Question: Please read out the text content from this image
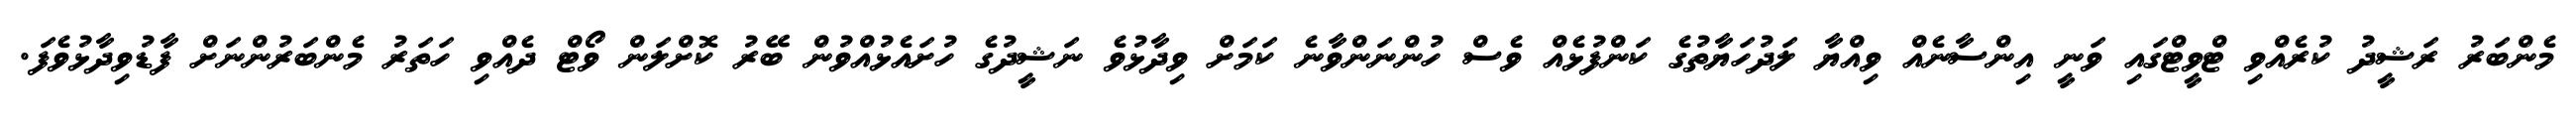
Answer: މެންބަރު ރަޝީދު ކުރެއްވި ޓްވީޓްގައި ވަނީ އިންސާނެއް ވިއްޔާ ލަދުހަޔާތުގެ ކަންފުޅެއް ވެސް ހުންނަންވާނެ ކަމަށް ވިދާޅުވެ ނަޝީދުގެ ހުށައެޅުއްވުން ބޭރު ކޮށްލަން ވޯޓް ދެއްވި ހަތަރު މެންބަރުންނަށް ފާޑުވިދާޅުވެފަ.